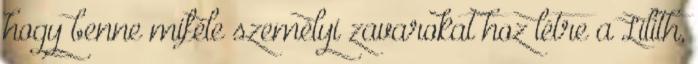
hogy benne miféle személyi zavarokat hoz létre a Lilith,